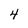
Character: 4